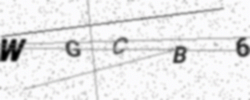
Text: WGCB6